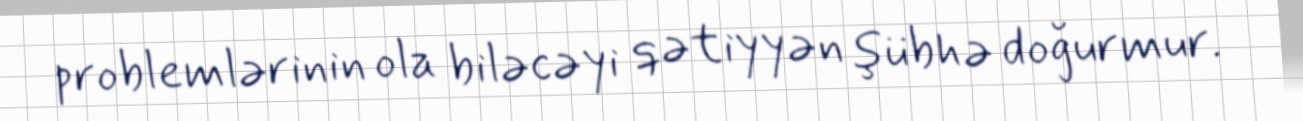
problemlərinin ola biləcəyi qətiyyən şübhə doğurmur.